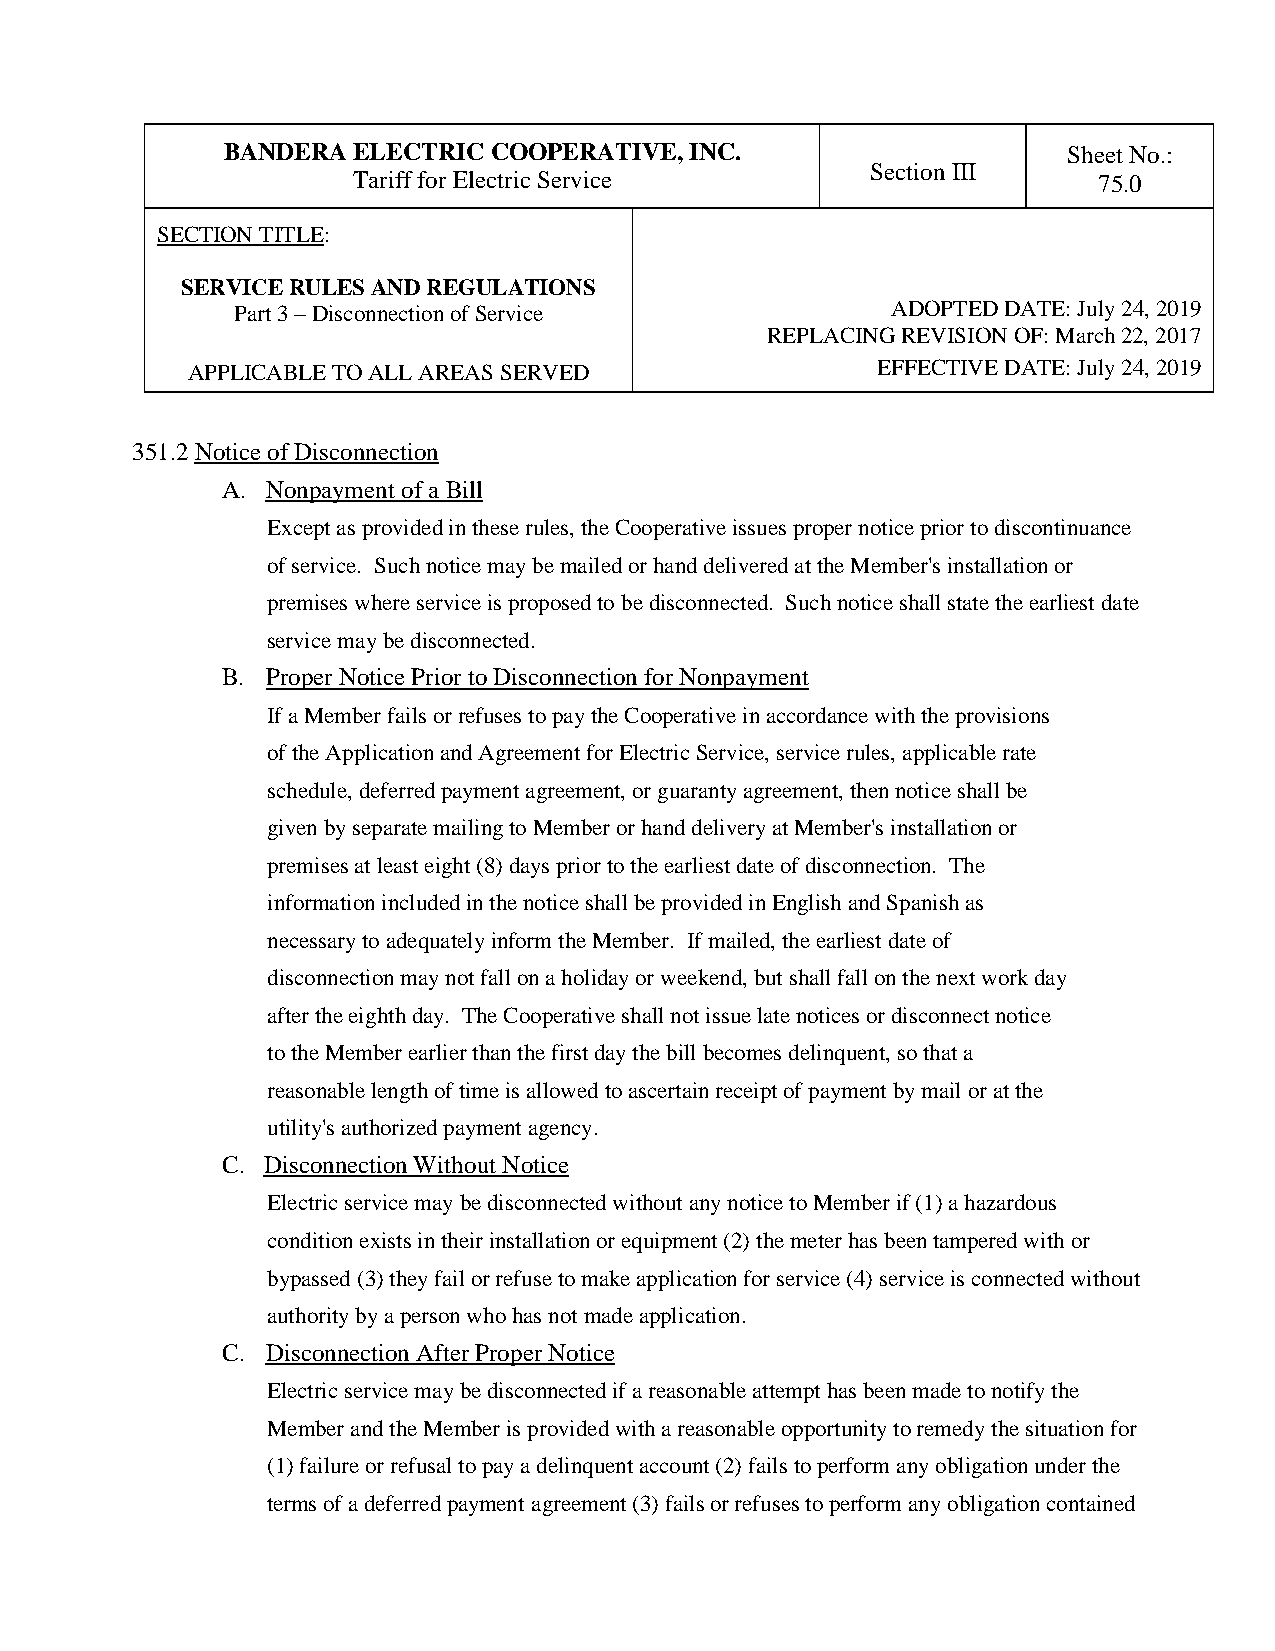
BANDERA ELECTRIC COOPERATIVE,  INC.                     Sheet No.:
 Section III
 Tariff for Electric Service                       75.0
 SECTION TITLE:
 SERVICE RULES AND REGULATIONS
 Part 3 – Disconnection of Service          ADOPTED DATE: July 24, 2019
 REPLACING REVISION OF: March 22, 2017
 APPLICABLE TO ALL AREAS SERVED                EFFECTIVE DATE: July 24, 2019
 351.2 Notice of Disconnection
 A. Nonpayment of a Bill
 Except as provided in these rules, the Cooperative issues proper notice prior to discontinuance
 of service. Such notice may be mailed or hand delivered at the Member's installation or
 premises where service is proposed to be disconnected. Such notice shall state the earliest date
 service may be disconnected.
 B. Proper Notice Prior to Disconnection for Nonpayment
 If a Member fails or refuses to pay the Cooperative in accordance with the provisions
 of the Application and Agreement for Electric Service, service rules, applicable rate
 schedule, deferred payment agreement, or guaranty agreement, then notice shall be
 given by separate mailing to Member or hand delivery at Member's installation or
 premises at least eight (8) days prior to the earliest date of disconnection. The
 information included in the notice shall be provided in English and Spanish as
 necessary to adequately inform the Member. If mailed, the earliest date of
 disconnection may not fall on a holiday or weekend, but shall fall on the next work day
 after the eighth day. The Cooperative shall not issue late notices or disconnect notice
 to the Member earlier than the first day the bill becomes delinquent, so that a
 reasonable length of time is allowed to ascertain receipt of payment by mail or at the
 utility's authorized payment agency.
 C. Disconnection Without Notice
 Electric service may be disconnected without any notice to Member if (1) a hazardous
 condition exists in their installation or equipment (2) the meter has been tampered with or
 bypassed (3) they fail or refuse to make application for service (4) service is connected without
 authority by a person who has not made application.
 C. Disconnection After Proper Notice
 Electric service may be disconnected if a reasonable attempt has been made to notify the
 Member and the Member is provided with a reasonable opportunity to remedy the situation for
 (1) failure or refusal to pay a delinquent account (2) fails to perform any obligation under the
 terms of a deferred payment agreement (3) fails or refuses to perform any obligation contained